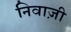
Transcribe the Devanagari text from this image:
निवाज़ी